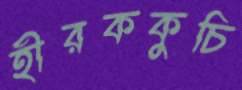
হীরককুচি